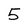
Character: 5